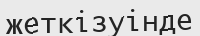
жеткізуінде